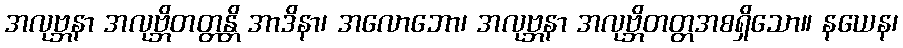
အလုဗ္ဘနာ အလုဗ္ဘိတတ္တန္တိ အာဒိနာ၊ အလောဘော၊ အလုဗ္ဘနာ အလုဗ္ဘိတတ္တအစရှိသော။ နယေန၊